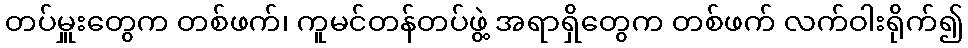
တပ်မှူးတွေက တစ်ဖက်၊ ကူမင်တန်တပ်ဖွဲ့ အရာရှိတွေက တစ်ဖက် လက်ဝါးရိုက်၍